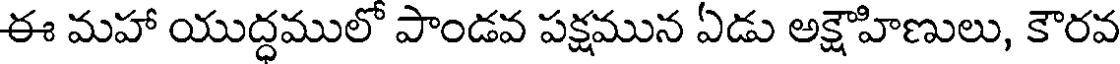
ఈ మహా యుద్ధములో పాండవ పక్షమున ఏడు అక్షౌహిణులు, కౌరవ